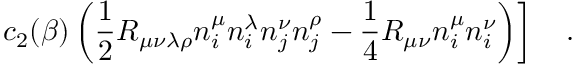
\left. c _ { 2 } ( \beta ) \left( \frac 1 2 R _ { \mu \nu \lambda \rho } n _ { i } ^ { \mu } n _ { i } ^ { \lambda } n _ { j } ^ { \nu } n _ { j } ^ { \rho } - \frac 1 4 R _ { \mu \nu } n _ { i } ^ { \mu } n _ { i } ^ { \nu } \right) \right] ~ ~ ~ .